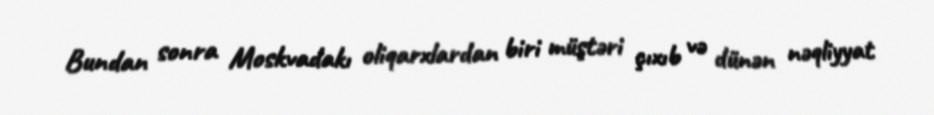
Bundan sonra Moskvadakı oliqarxlardan biri müştəri çıxıb və dünən nəqliyyat